Indian journal of veterinary science and animal husbandry - Volume 9,
Year: 1939
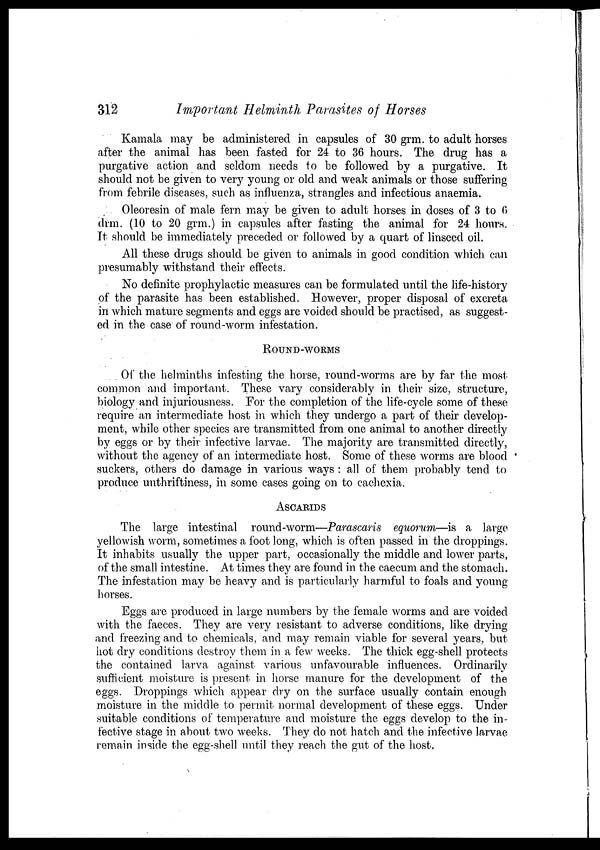
312
Important Helminth Parasites of Horses
Kamala may be administered in capsules of 30 grm. to adult horses
after the animal has been fasted for 24 to 36 hours. The drug has a
purgative action and seldom needs to be followed by a purgative. It
should not be given to very young or old and weak animals or those suffering
from febrile diseases, such as influenza, strangles and infectious anaemia.
Oleoresin of male fern may be given to adult horses in doses of 3 to 6
drm. (10 to 20 grm.) in capsules after fasting the animal for 24 hours.
It should be immediately preceded or followed by a quart of linseed oil.
All these drugs should be given to animals in good condition which can
presumably withstand their effects.
No definite prophylactic measures can be formulated until the life-history
of the parasite has been established. However, proper disposal of excreta
in which mature segments and eggs are voided should be practised, as suggest-
ed in the case of round-worm infestation.
ROUND-WORMS
Of the helminths infesting the horse, round-worms are by far the most
common and important. These vary considerably in their size, structure,
biology and injuriousness. For the completion of the life-cycle some of these
require an intermediate host in which they undergo a part of their develop-
ment, while other species are transmitted from one animal to another directly
by eggs or by their infective larvae. The majority are transmitted directly,
without the agency of an intermediate host. Some of these worms are blood
suckers, others do damage in various ways : all of them probably tend to
produce unthriftiness, in some cases going on to cachexia.
ASCARIDS
The large intestinal round-worm—Parascaris equorum—is a large
yellowish worm, sometimes a foot long, which is often passed in the droppings.
It inhabits usually the upper part, occasionally the middle and lower parts,
of the small intestine. At times they are found in the caecum and the stomach.
The infestation may be heavy and is particularly harmful to foals and young
horses.
Eggs are produced in large numbers by the female worms and are voided
with the faeces. They are very resistant to adverse conditions, like drying
and freezing and to chemicals, and may remain viable for several years, but
hot dry conditions destroy them in a few weeks. The thick egg-shell protects
the contained larva against various unfavourable influences. Ordinarily
sufficient moisture is present in horse manure for the development of the
eggs. Droppings which appear dry on the surface usually contain enough
moisture in the middle to permit normal development of these eggs. Under
suitable conditions of temperature and moisture the eggs develop to the in-
fective stage in about two weeks. They do not hatch and the infective larvae
remain inside the egg-shell until they reach the gut of the host.